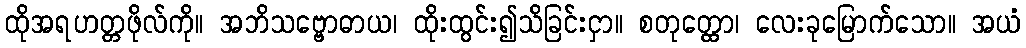
ထိုအရဟတ္တဖိုလ်ကို။ အဘိသဗ္ဗောဓာယ၊ ထိုးထွင်း၍သိခြင်းငှာ။ စတုတ္ထော၊ လေးခုမြောက်သော။ အယံ